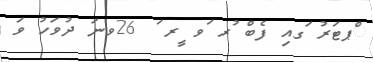
ްޕޓަރު ަގއި ފެބް ުރ ަވ ީރ ަ 26ވނަ ދުވަހު ވަ